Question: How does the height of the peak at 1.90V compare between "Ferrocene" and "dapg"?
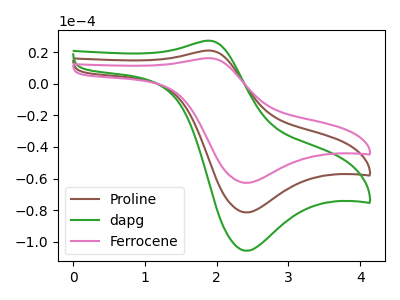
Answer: <think>The brown curve "Proline" has an anodic peak at (1.90V, 20.95uA) and a cathodic peak at (2.40V, -81.45uA). The green curve "dapg" has an anodic peak at (1.90V, 41.95uA) and a cathodic peak at (2.40V, -162.95uA). The pink curve "Ferrocene" has an anodic peak at (1.90V, 16.15uA) and a cathodic peak at (2.40V, -62.80uA).</think>
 <answer>The peak at 1.90V is lower in "Ferrocene" than in "dapg".</answer>
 <eval>lower</eval>